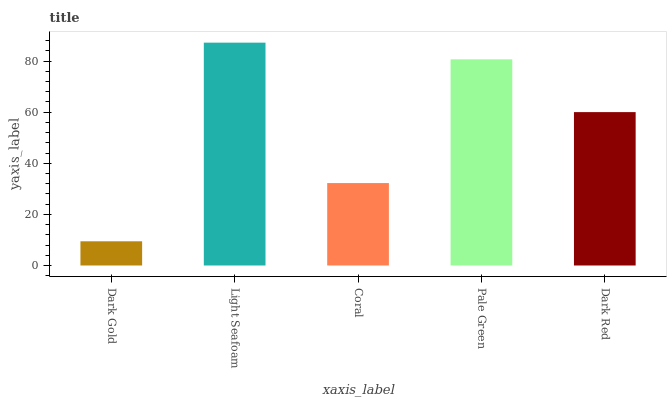
| xaxis_label | bars |
 | --- | --- |
 | Dark Gold | 9.47 |
 | Light Seafoam | 87.2 |
 | Coral | 32.3 |
 | Pale Green | 80.7 |
 | Dark Red | 60 |